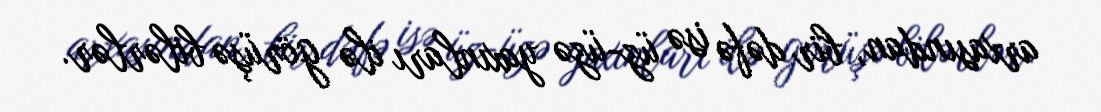
arxasından, bir dəfə isə üz-üzə yaxınları ilə görüşə bilərlər.